65_HS1-834228961_62-HQ-83894_Section_1
Agency: FBI
Page 113
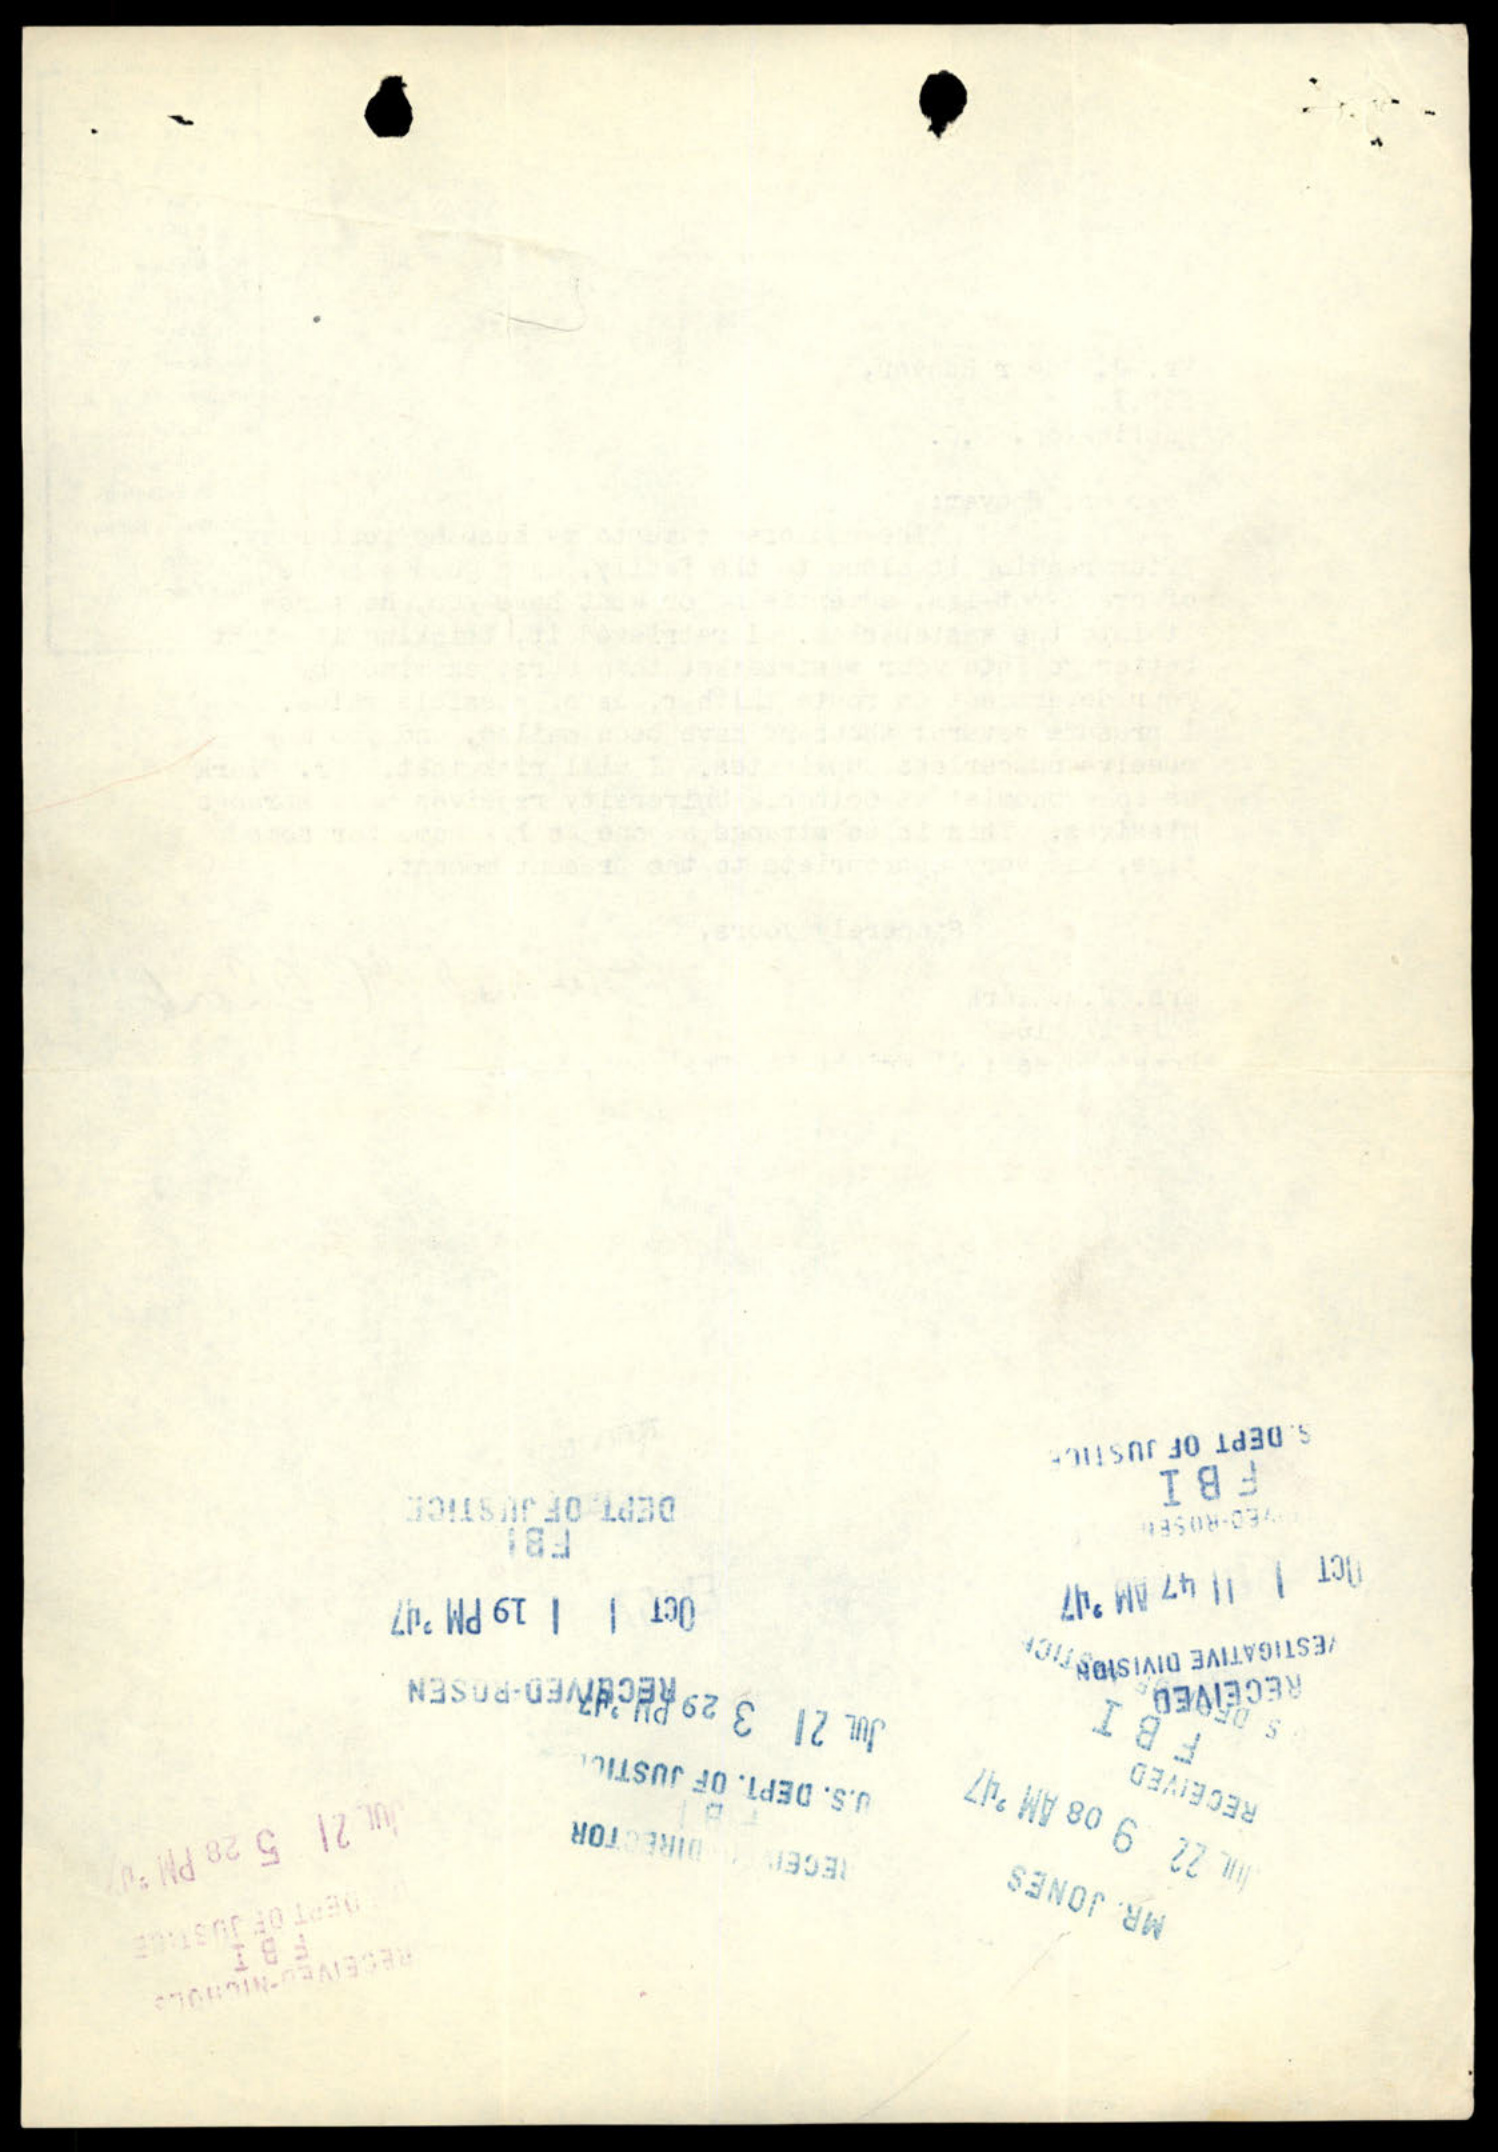